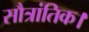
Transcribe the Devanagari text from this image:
सौत्रांतिक।